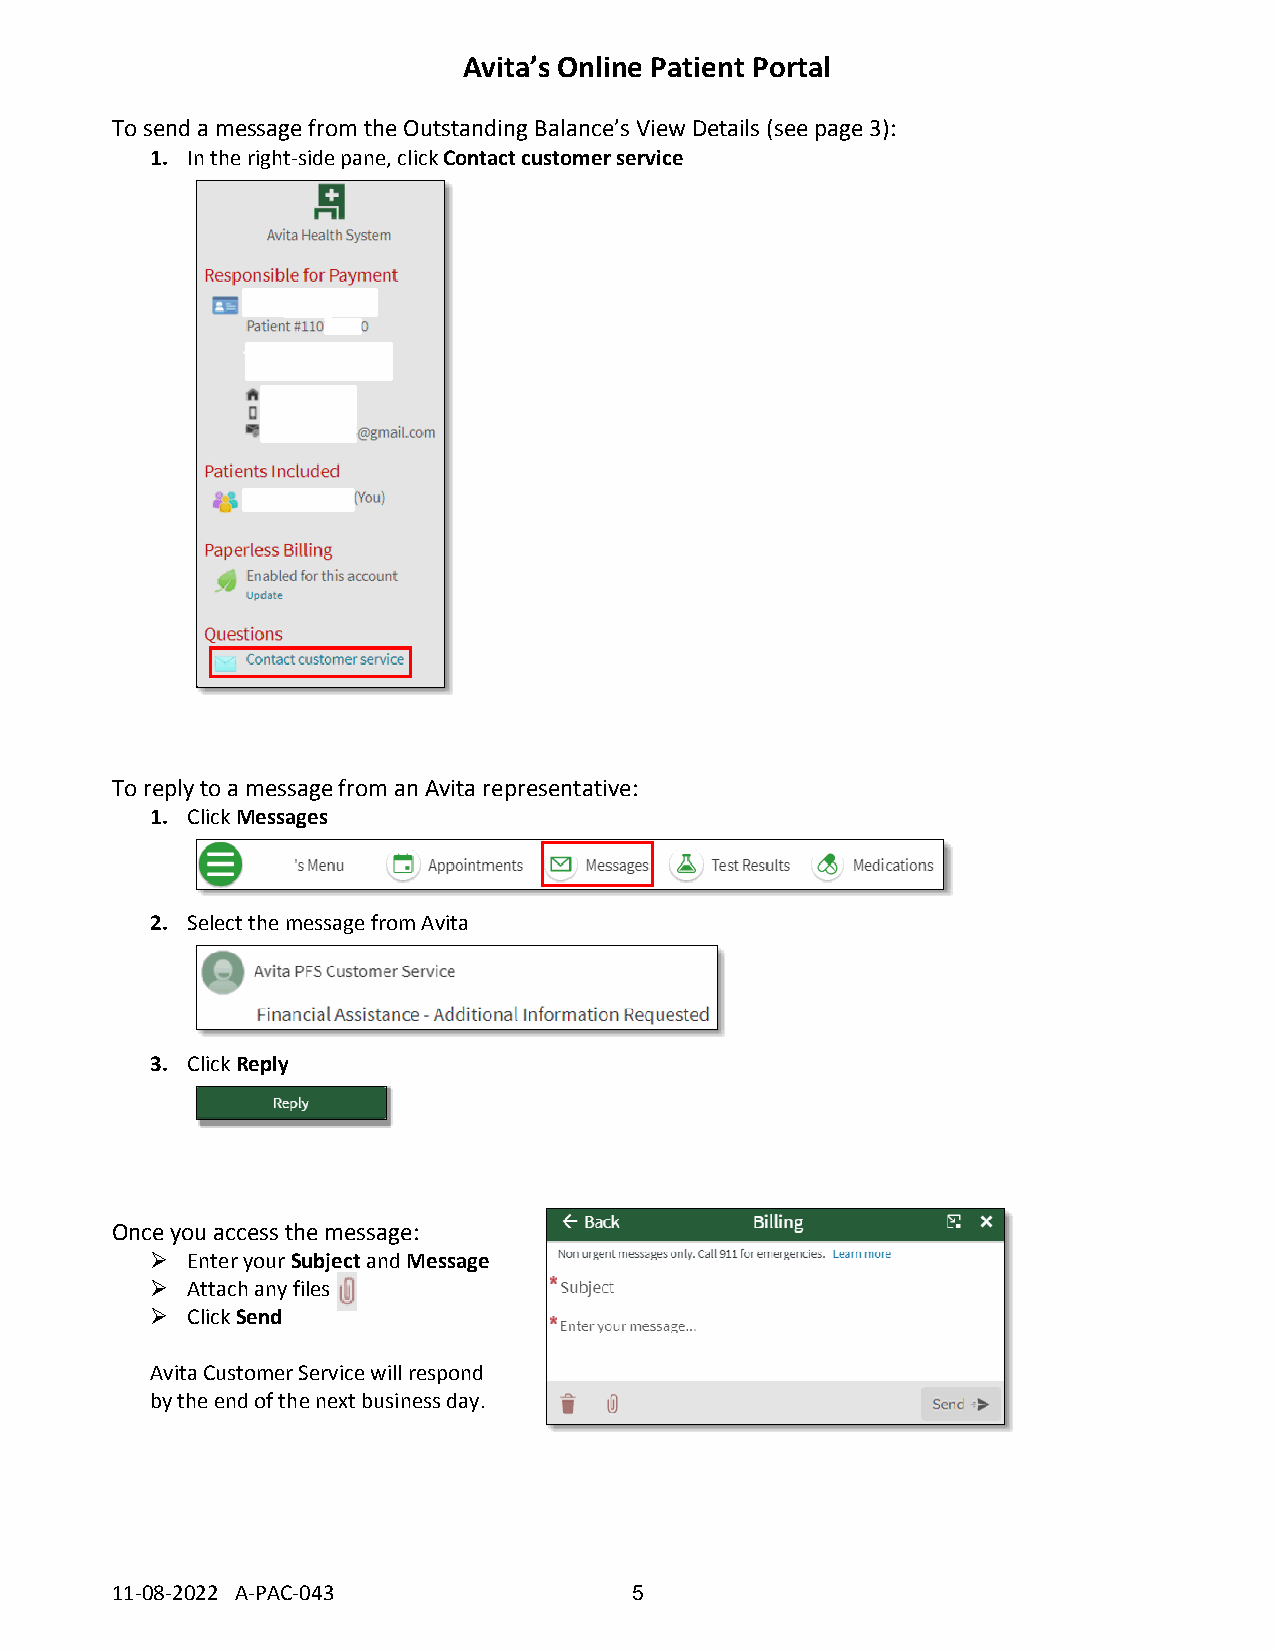
Avita’s Online Patient Portal
 To send a message from the Outstanding Balance’s View Details (see page 3):
 1. In the right-side pane, click Contact customer service
 To reply to a message from an Avita representative:
 1. Click Messages
 2. Select the message from Avita
 3. Click Reply
 Once you access the message:
 ➢ Enter your Subject and Message
 ➢ Attach any files
 ➢ Click Send
 Avita Customer Service will respond
 by the end of the next business day.
 11-08-2022 A-PAC-043               5